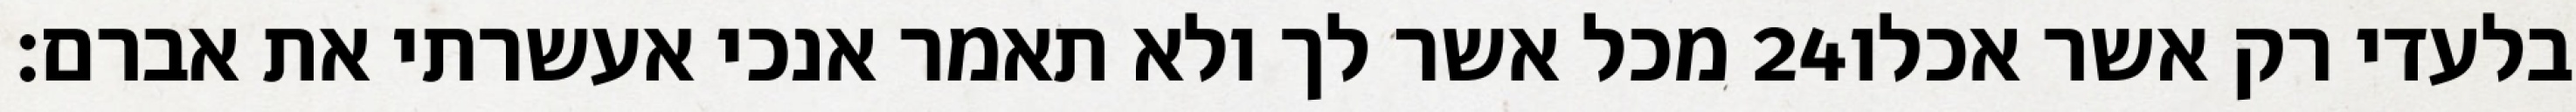
מכל אשר לך ולא תאמר אנכי אעשרתי את אברם׃ ‎24‏ בלעדי רק אשר אכלו